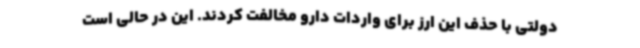
دولتی با حذف این ارز برای واردات دارو مخالفت کردند. این در حالی است